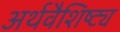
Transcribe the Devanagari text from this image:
अर्थवैशिष्ट्य